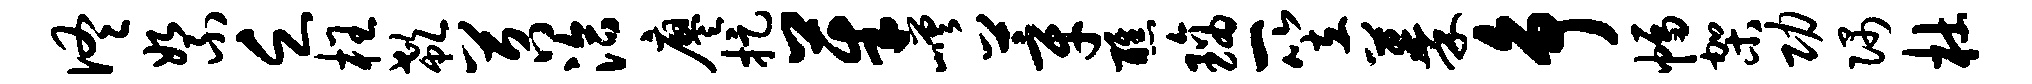
佟絮乏枉欷苕洽廖捉茱嵯莘醮璃一笠蓁争幅架功隅杜